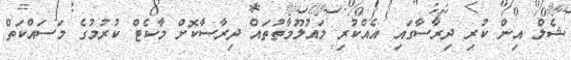
ޝެލް އިން ކުރި ދިރާސާގައި އެއްކުރި މައުލޫމާތުތައް ދިރާސާކޮށް މާކެޓް ކުރުމުގެ މަސައްކަތް